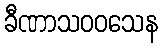
ခီဏာသဝဝသေန